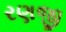
રણજી